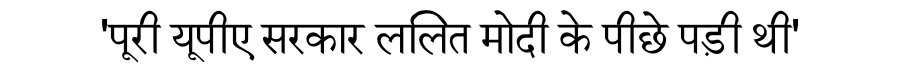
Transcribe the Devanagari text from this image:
'पूरी यूपीए सरकार ललित मोदी के पीछे पड़ी थी'